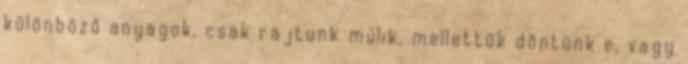
különböző anyagok, csak rajtunk múlik, mellettük döntünk e, vagy